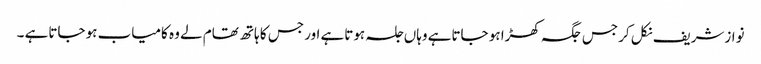
نوازشریف نکل کر جس جگہ کھڑا ہو جاتاہے وہاں جلسہ ہوتاہے اور جس کا ہاتھ تھام لے وہ کامیاب ہو جاتاہے ۔